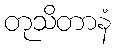
တုသိတာနံ